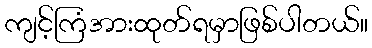
ကျင့်ကြံအားထုတ်ရမှာဖြစ်ပါတယ်။